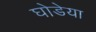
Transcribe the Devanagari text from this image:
घोडेया